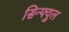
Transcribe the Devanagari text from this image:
सिन्फ्युल